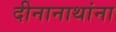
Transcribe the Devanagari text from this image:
दीनानाथांना